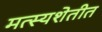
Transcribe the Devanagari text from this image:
मत्स्यशेतीत